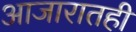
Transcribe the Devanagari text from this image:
आजारातही